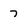
Character: 7